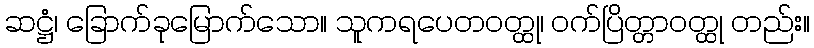
ဆဋ္ဌံ၊ ခြောက်ခုမြောက်သော။ သူကရပေတဝတ္ထု၊ ဝက်ပြိတ္တာဝတ္ထု တည်း။